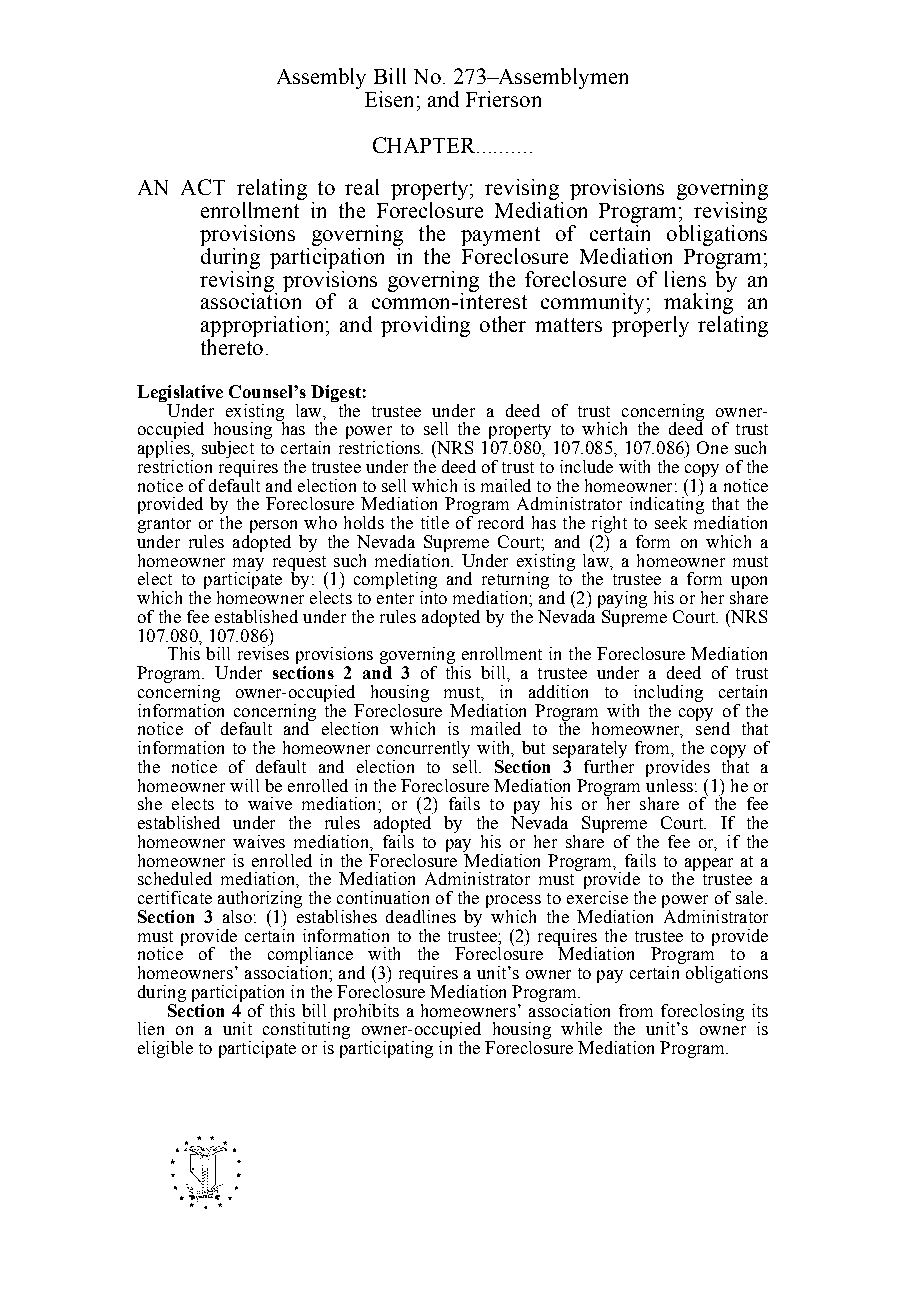
Assembly Bill No. 273–Assemblymen
 Eisen; and Frierson
 CHAPTER..........
 AN ACT relating to real property; revising provisions governing
 enrollment in the Foreclosure Mediation Program; revising
 provisions governing the payment of certain obligations
 during participation in the Foreclosure Mediation Program;
 revising provisions governing the foreclosure of liens by an
 association of a common-interest community; making an
 appropriation; and providing other matters properly relating
 thereto.
 Legislative Counsel’s Digest:
 Under existing law, the trustee under a deed of trust concerning owner-
 occupied housing has the power to sell the property to which the deed of trust
 applies, subject to certain restrictions. (NRS 107.080, 107.085, 107.086) One such
 restriction requires the trustee under the deed of trust to include with the copy of the
 notice of default and election to sell which is mailed to the homeowner: (1) a notice
 provided by the Foreclosure Mediation Program Administrator indicating that the
 grantor or the person who holds the title of record has the right to seek mediation
 under rules adopted by the Nevada Supreme Court; and (2) a form on which a
 homeowner may request such mediation. Under existing law, a homeowner must
 elect to participate by: (1) completing and returning to the trustee a form upon
 which the homeowner elects to enter into mediation; and (2) paying his or her share
 of the fee established under the rules adopted by the Nevada Supreme Court. (NRS
 107.080, 107.086)
 This bill revises provisions governing enrollment in the Foreclosure Mediation
 Program. Under sections 2 and 3 of this bill, a trustee under a deed of trust
 concerning owner-occupied housing must, in addition to including certain
 information concerning the Foreclosure Mediation Program with the copy of the
 notice of default and election which is mailed to the homeowner, send that
 information to the homeowner concurrently with, but separately from, the copy of
 the notice of default and election to sell. Section 3 further provides that a
 homeowner will be enrolled in the Foreclosure Mediation Program unless: (1) he or
 she elects to waive mediation; or (2) fails to pay his or her share of the fee
 established under the rules adopted by the Nevada Supreme Court. If the
 homeowner waives mediation, fails to pay his or her share of the fee or, if the
 homeowner is enrolled in the Foreclosure Mediation Program, fails to appear at a
 scheduled mediation, the Mediation Administrator must provide to the trustee a
 certificate authorizing the continuation of the process to exercise the power of sale.
 Section 3 also: (1) establishes deadlines by which the Mediation Administrator
 must provide certain information to the trustee; (2) requires the trustee to provide
 notice of the compliance with the Foreclosure Mediation Program to a
 homeowners’ association; and (3) requires a unit’s owner to pay certain obligations
 during participation in the Foreclosure Mediation Program.
 Section 4 of this bill prohibits a homeowners’ association from foreclosing its
 lien on a unit constituting owner-occupied housing while the unit’s owner is
 eligible to participate or is participating in the Foreclosure Mediation Program.
 -